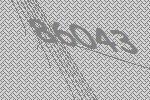
86043